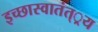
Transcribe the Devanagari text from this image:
इच्छास्वातंत््रय